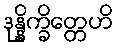
ဒုန္နိက္ခိတ္တေဟိ